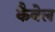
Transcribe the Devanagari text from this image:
कैबेल